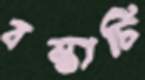
বস্তাটি